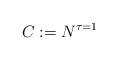
LaTeX: \begin{align*} C := N^{\tau = 1}\end{align*}